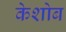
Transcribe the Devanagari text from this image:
केशोब